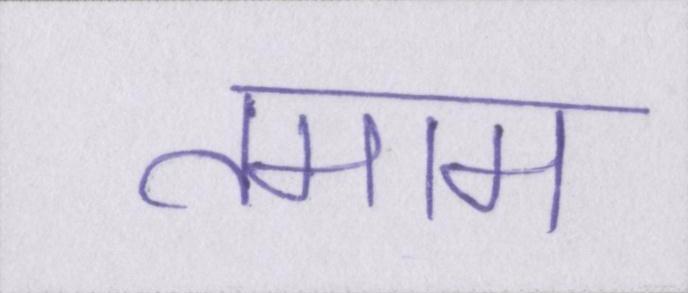
तमाम